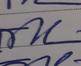
Signature authenticity: genuine